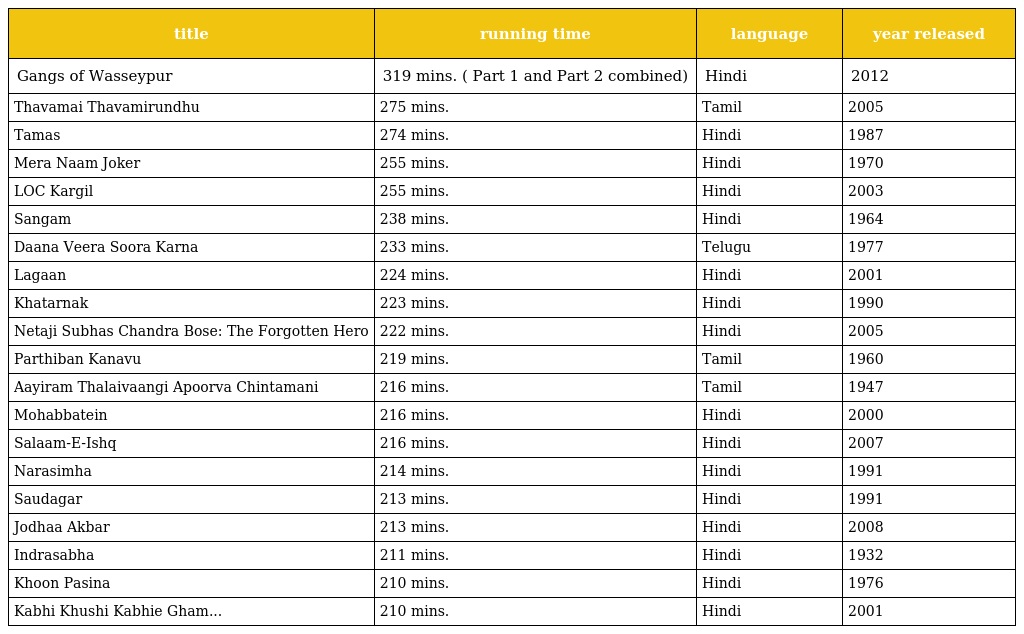
| title | running time | language | year released |
 | --- | --- | --- | --- |
 | Gangs of Wasseypur | 319 mins. ( Part 1 and Part 2 combined) | Hindi | 2012 |
 | Thavamai Thavamirundhu | 275 mins. | Tamil | 2005 |
 | Tamas | 274 mins. | Hindi | 1987 |
 | Mera Naam Joker | 255 mins. | Hindi | 1970 |
 | LOC Kargil | 255 mins. | Hindi | 2003 |
 | Sangam | 238 mins. | Hindi | 1964 |
 | Daana Veera Soora Karna | 233 mins. | Telugu | 1977 |
 | Lagaan | 224 mins. | Hindi | 2001 |
 | Khatarnak | 223 mins. | Hindi | 1990 |
 | Netaji Subhas Chandra Bose: The Forgotten Hero | 222 mins. | Hindi | 2005 |
 | Parthiban Kanavu | 219 mins. | Tamil | 1960 |
 | Aayiram Thalaivaangi Apoorva Chintamani | 216 mins. | Tamil | 1947 |
 | Mohabbatein | 216 mins. | Hindi | 2000 |
 | Salaam-E-Ishq | 216 mins. | Hindi | 2007 |
 | Narasimha | 214 mins. | Hindi | 1991 |
 | Saudagar | 213 mins. | Hindi | 1991 |
 | Jodhaa Akbar | 213 mins. | Hindi | 2008 |
 | Indrasabha | 211 mins. | Hindi | 1932 |
 | Khoon Pasina | 210 mins. | Hindi | 1976 |
 | Kabhi Khushi Kabhie Gham... | 210 mins. | Hindi | 2001 |